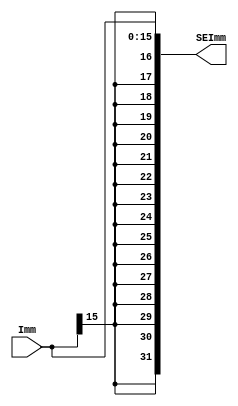
`timescale 1ns / 1ps

module SignExtend#(parameter IMMsize=16, WL=32)
    (
    input  [IMMsize-1:0] Imm,
    output reg [WL-1:0] SEImm
    );
    
    always@ *
    
        //Using Replication Operator
        //MSB of Imm is replicated by IMMsize
        SEImm = {{IMMsize{Imm[IMMsize-1]}},Imm};
endmodule